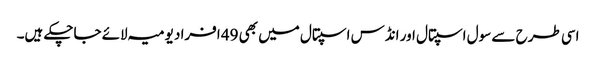
اسی طرح سے سول اسپتال اور انڈس اسپتال میں بھی 49 افراد یومیہ لائے جاچکے ہیں۔